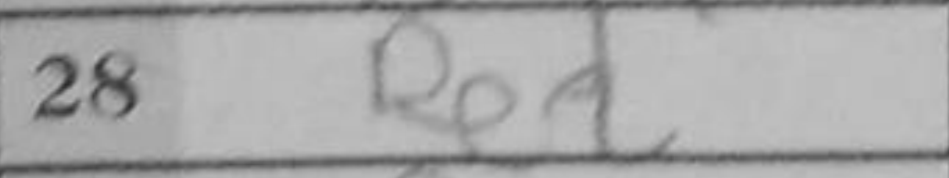
Transcription: Re2